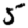
Digit: 5